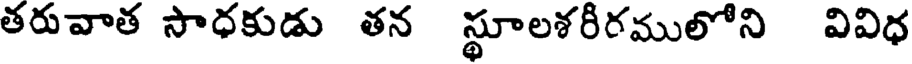
తరువాత సాధకుడు తన స్థూలశరీరములోని వివిధ